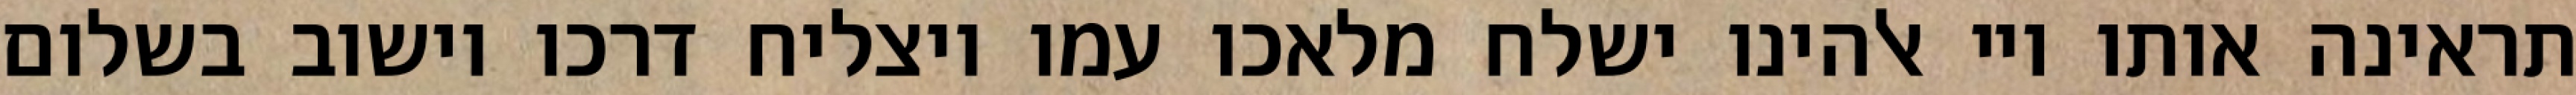
תראינה אותו ויי אלהינו ישלח מלאכו עמו ויצליח דרכו וישוב בשלום